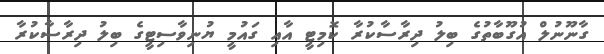
ގާނޫނުލް އުގޫބާތުގެ ބިލު ދިރާސާކުރާ ކޮމިޓީ އާއި ގައުމީ ޔުނިވާސިޓީގެ ބިލު ދިރާސާކުރާ